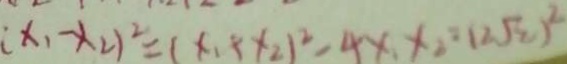
( x _ { 1 } - x _ { 2 } ) ^ { 2 } = ( x _ { 1 } x + 2 ) ^ { 2 } - 4 x x _ { 2 } = ( 2 \sqrt { 2 } ) ^ { 2 }